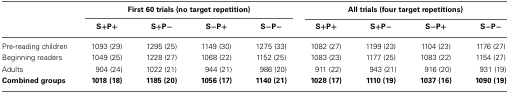
|  | <COLSPAN=4> First 60 trials (no target repetition) | <COLSPAN=4> All trials (four target repetitions) |
 |  | S+P+ | S+P− | S−P+ | S−P− | S+P+ | S+P− | S−P+ | S−P− |
 | --- | --- | --- | --- | --- | --- | --- | --- | --- |
 | Pre-reading children | 1093 (29) | 1295 (25) | 1149 (30) | 1275 (33) | 1082 (27) | 1199 (23) | 1104 (23) | 1176 (27) |
 | Beginning readers | 1049 (25) | 1228 (27) | 1068 (22) | 1152 (25) | 1083 (23) | 1177 (25) | 1083 (22) | 1154 (27) |
 | Adults | 904 (24) | 1022 (21) | 944 (21) | 986 (20) | 911 (22) | 943 (21) | 916 (20) | 931 (19) |
 | Combined groups | 1018 (18) | 1185 (20) | 1056 (17) | 1140 (21) | 1028 (17) | 1110 (19) | 1037 (16) | 1090 (19) |